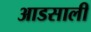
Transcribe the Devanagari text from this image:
आडसाली